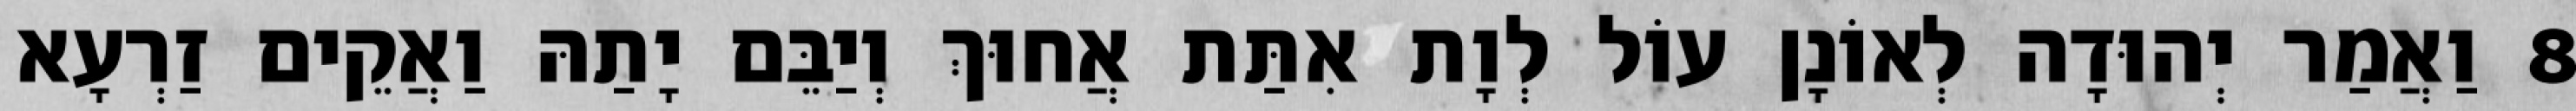
8 וַאֲמַר יְהוּדָה לְאוֹנָן עוֹל לְוָת אִתַּת אֲחוּךְ וְיַבֵּם יָתַהּ וַאֲקֵים זַרְעָא